38_143685_box_Incident_Summaries_101-172
Agency: Department of War
Page 10
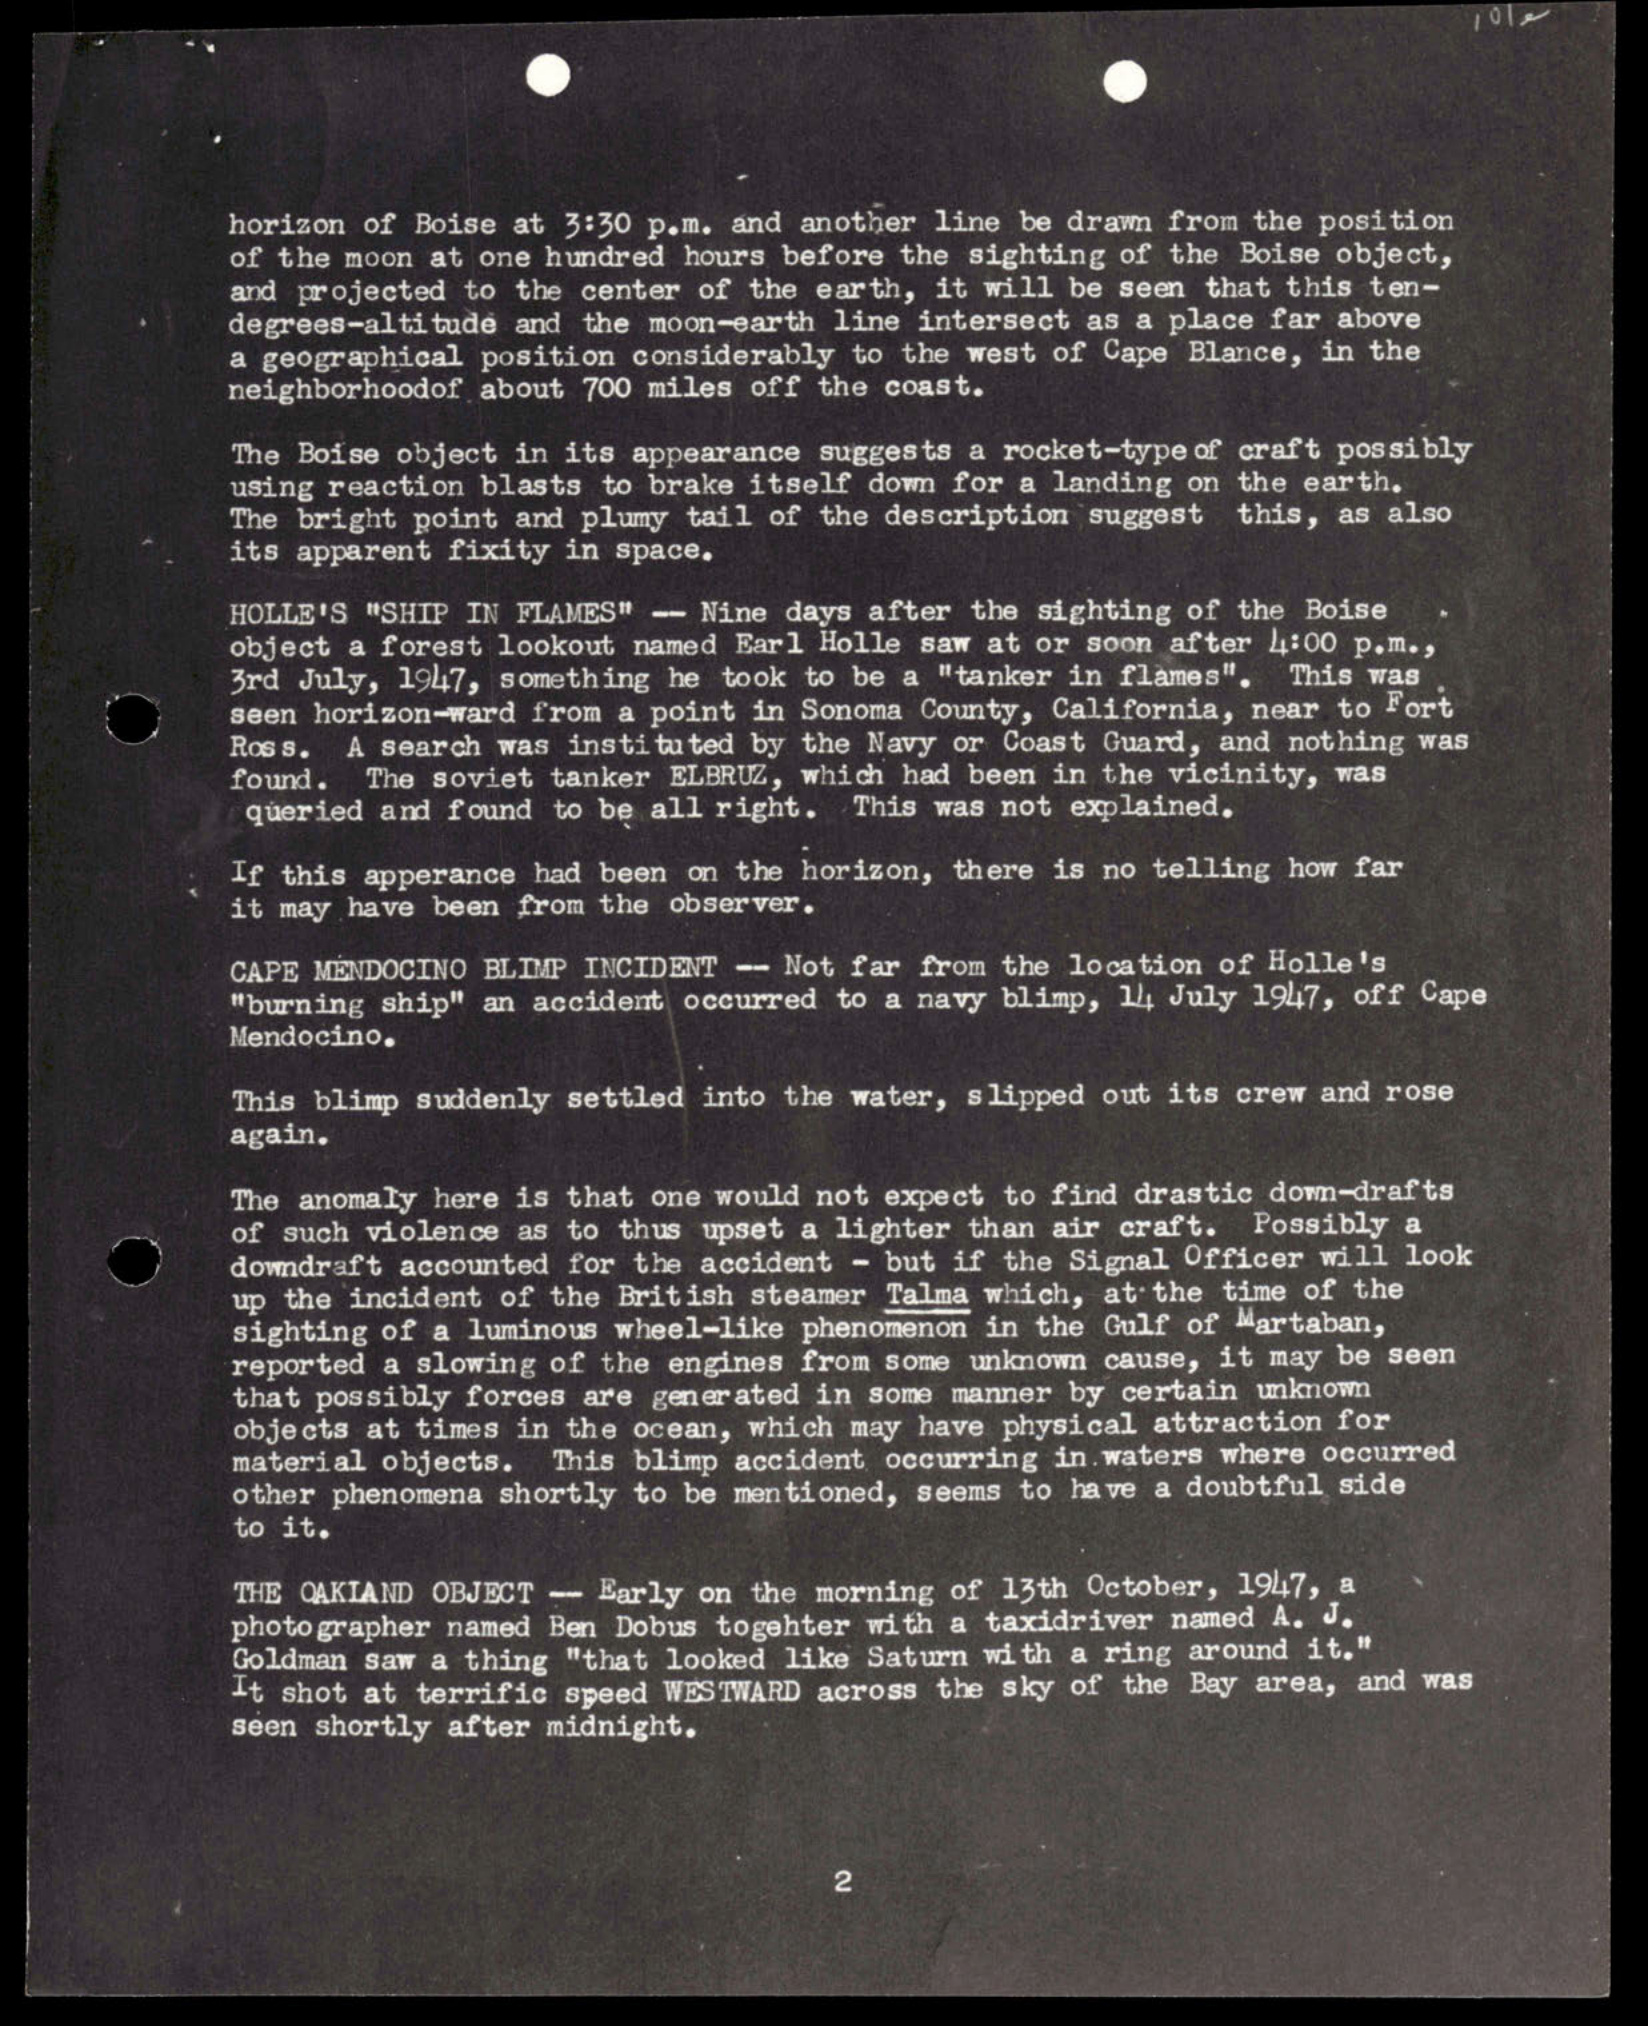